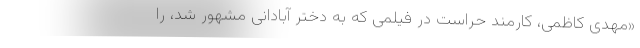
«مهدی کاظمی، کارمند حراست در فیلمی که به دختر آبادانی مشهور شد، را